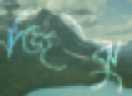
জিঝু